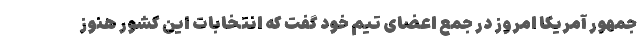
جمهور آمریکا امروز در جمع اعضای تیم خود گفت که انتخابات این کشور هنوز